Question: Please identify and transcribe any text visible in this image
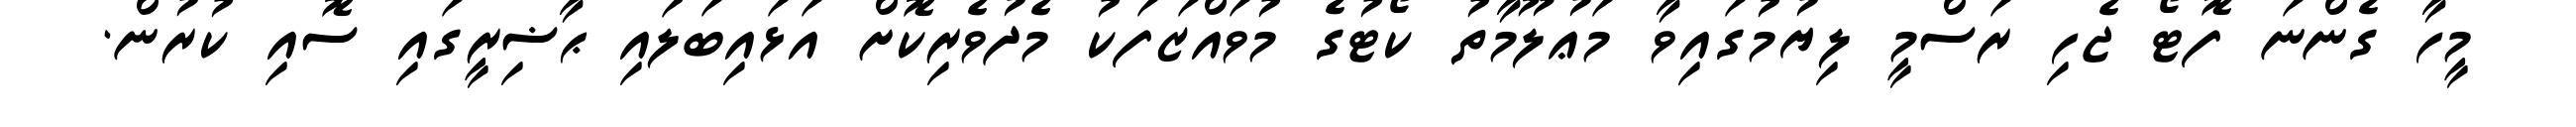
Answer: މީހާ ގެންނަ ފޮޓޯ ޖެހި ރަސްމީ ލިޔުމުގައިވާ މަޢުލޫމާތު ކޯޓުގެ މުވައްޒަފަކު މެދުވެރިކޮށް އަޅައިބަލައި ޙާޟިރީގައި ސޮއި ކުރުން.